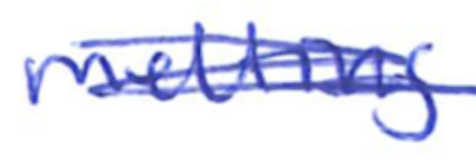
Text: melting
Cross-out: mix
Writing tool: ballpoint